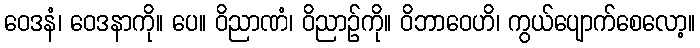
ဝေဒနံ၊ ဝေဒနာကို။ ပေ။ ဝိညာဏံ၊ ဝိညာဉ်ကို။ ဝိဘာဝေဟိ၊ ကွယ်ပျောက်စေလော့။